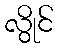
လွိုင်